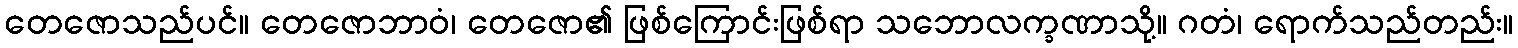
တေဇောသည်ပင်။ တေဇောဘာဝံ၊ တေဇော၏ ဖြစ်ကြောင်းဖြစ်ရာ သဘောလက္ခဏာသို့။ ဂတံ၊ ရောက်သည်တည်း။